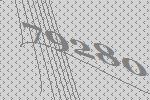
79280